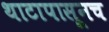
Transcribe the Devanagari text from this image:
थाटापासूनच